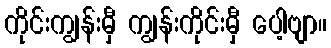
ကိုင်းကျွန်းမှီ ကျွန်းကိုင်းမှီ ပေါ့ဗျာ။